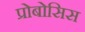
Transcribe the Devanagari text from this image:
प्रोबोसिस